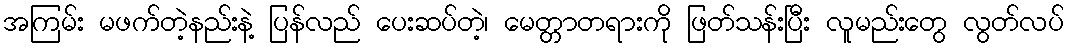
အကြမ်း မဖက်တဲ့နည်းနဲ့ ပြန်လည် ပေးဆပ်တဲ့၊ မေတ္တာတရားကို ဖြတ်သန်းပြီး လူမည်းတွေ လွတ်လပ်